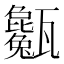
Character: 𤮭